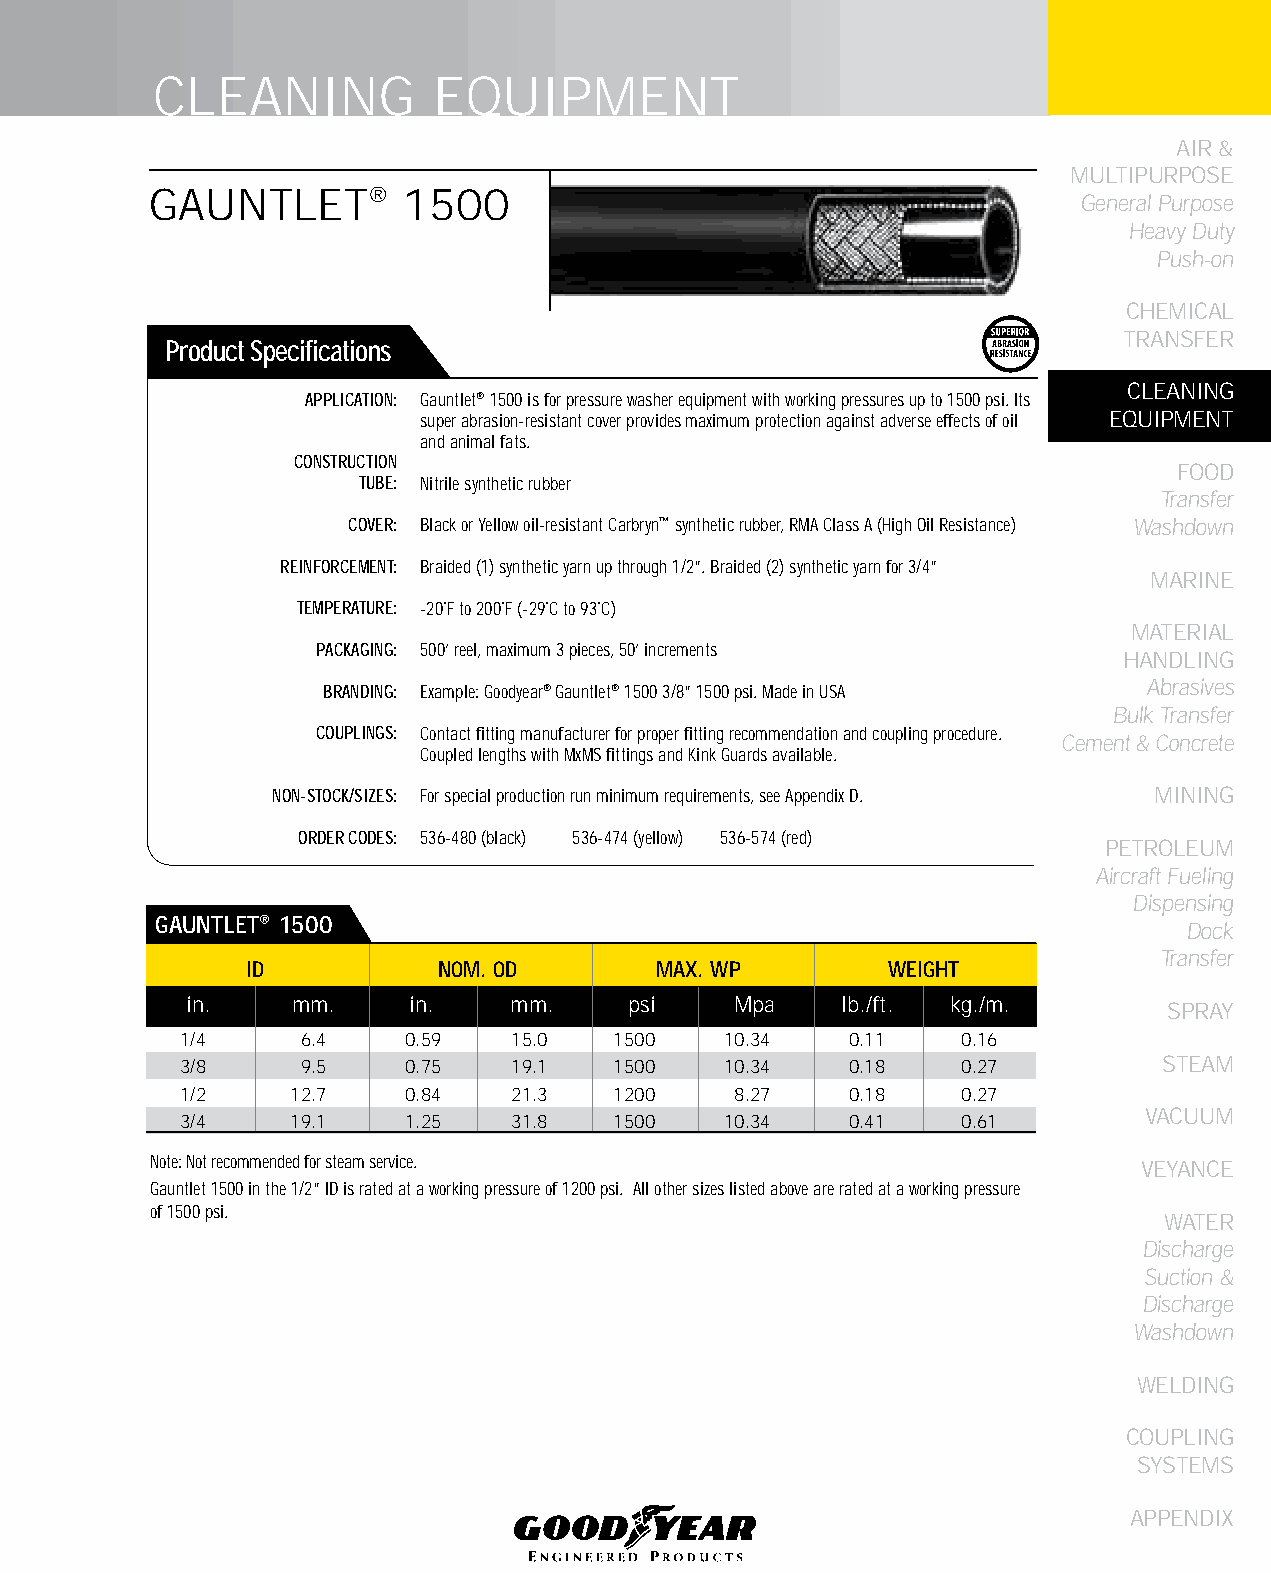
CLEANING           EqUIPMENT
 AIR &
 MULTIPURPOSE
 GAUNTLET®        1500
 General Purpose
 Heavy Duty
 Push-on
 CHEMICAL
 TRANSFER
 Product Specifications
 CLEANING
 APPLICATION: Gauntlet® 1500 is for pressure washer equipment with working pressures up to 1500 psi. Its
 super abrasion-resistant cover provides maximum protection against adverse effects of oil EqUIPMENT
 and animal fats.
 CONSTRUCTION
 FOOD
 TUBE: Nitrile synthetic rubber
 Transfer
 COVER: Black or Yellow oil-resistant Carbryn™ synthetic rubber, RMA Class A (High Oil Resistance) Washdown
 REINFORCEMENT: Braided (1) synthetic yarn up through 1/2”. Braided (2) synthetic yarn for 3/4”
 MARINE
 TEMPERATURE: -20˚F to 200˚F (-29˚C to 93˚C)
 MATERIAL
 PACKAGING: 500’ reel, maximum 3 pieces, 50’ increments
 HANDLING
 BRANDING: Example: Goodyear® Gauntlet® 1500 3/8” 1500 psi. Made in USA Abrasives
 Bulk Transfer
 COUPLINGS: Contact fitting manufacturer for proper fitting recommendation and coupling procedure.
 Cement & Concrete
 Coupled lengths with MxMS fittings and Kink Guards available.
 NON-STOCK/SIZES: For special production run minimum requirements, see Appendix D. MINING
 ORDER CODES: 536-480 (black) 536-474 (yellow) 536-574 (red)
 PETROLEUM
 Aircraft Fueling
 Dispensing
 GAUNTLET® 1500                                                       Dock
 Transfer
 ID           NOM. OD        MAX. WP        WEIGHT
 in.    mm.     in.    mm.     psi    Mpa    lb./ft. kg./m.       SPRAY
 1/4     6.4    0.59   15.0   1500   10.34   0.11    0.16
 3/8     9.5    0.75   19.1   1500   10.34   0.18    0.27         STEAM
 1/2    12.7    0.84   21.3   1200    8.27   0.18    0.27
 VACUUM
 3/4    19.1    1.25   31.8   1500   10.34   0.41    0.61
 Note: Not recommended for steam service.                          VEYANCE
 Gauntlet 1500 in the 1/2” ID is rated at a working pressure of 1200 psi. All other sizes listed above are rated at a working pressure
 of 1500 psi.
 WATER
 Discharge
 Suction &
 Discharge
 Washdown
 WELDING
 COUPLING
 SYSTEMS
 APPENDIX
 61